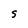
Character: S